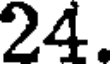
24.